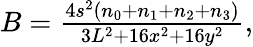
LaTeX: \begin{array}{r}{B=\frac{4s^{2}(n_{0}+n_{1}+n_{2}+n_{3})}{3L^{2}+16x^{2}+16y^{2}},}\end{array}